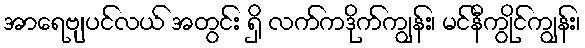
အာရေဗျပင်လယ် အတွင်း ရှိ လက်ကဒိုက်ကျွန်း၊ မင်နီကွိုင်ကျွန်း၊